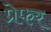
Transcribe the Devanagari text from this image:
प्रेफर